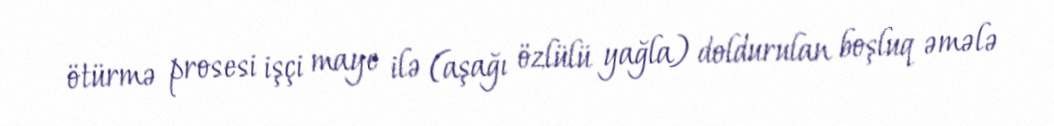
ötürmə prosesi işçi maye ilə (aşağı özlülü yağla) doldurulan boşluq əmələ